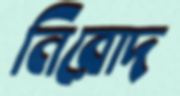
নিরোদ